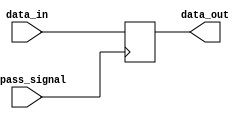
module Simple_Bypass_Register (
    input bypass_signal,
    input [7:0] data_in,
    output reg [7:0] data_out
);

always @ (posedge bypass_signal)
begin
    if (bypass_signal)
    begin
        data_out <= data_in;
    end
end

endmodule